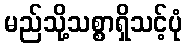
မည်သို့သစ္စာရှိသင့်ပုံ